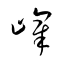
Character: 嶧